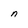
Character: n